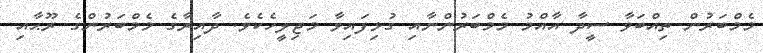
މެމްބަރުން ތިއްބަވާ ސީދާ އާއްމު މެމްބަރުންނާއި ގުޅިފައިވާ މަޖިލީހެކެވެ. ދާއިރާގެ މެމްބަރުންގެ ރޫޙާއި